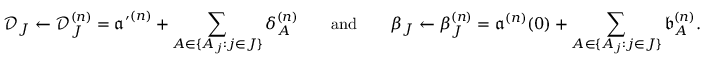
\mathcal D _ { J } \leftarrow \mathcal D _ { J } ^ { ( n ) } = { \mathfrak a ^ { \prime } } ^ { ( n ) } + \sum _ { A \in \{ A _ { j } : j \in J \} } \delta _ { A } ^ { ( n ) } \qquad \mathrm { a n d } \qquad \beta _ { J } \leftarrow \beta _ { J } ^ { ( n ) } = { \mathfrak a } ^ { ( n ) } ( 0 ) + \sum _ { A \in \{ A _ { j } : j \in J \} } \mathfrak b _ { A } ^ { ( n ) } .